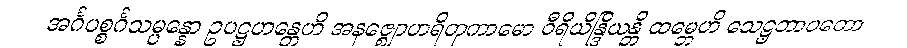
အင်္ဂပစ္စင်္ဂသမ္ပန္နော ဥပဋ္ဌဟန္တေဟိ အနဇ္ဈောဟရိတုကာမော ဝီရိယိန္ဒြိယန္တိ ထမ္ဘေဟိ သေဋ္ဌဘာဝတော